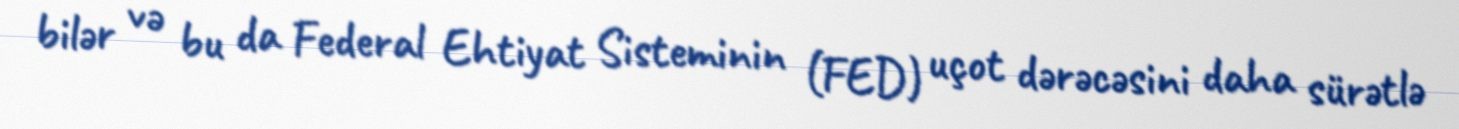
bilər və bu da Federal Ehtiyat Sisteminin (FED) uçot dərəcəsini daha sürətlə